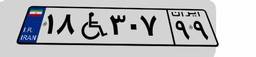
۱۸W۳۰۷۹۹